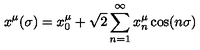
x ^ { \mu } ( \sigma ) = x _ { 0 } ^ { \mu } + \sqrt { 2 } \sum _ { n = 1 } ^ { \infty } x _ { n } ^ { \mu } \cos ( n \sigma )